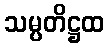
သမ္ပတိဋ္ဌထ